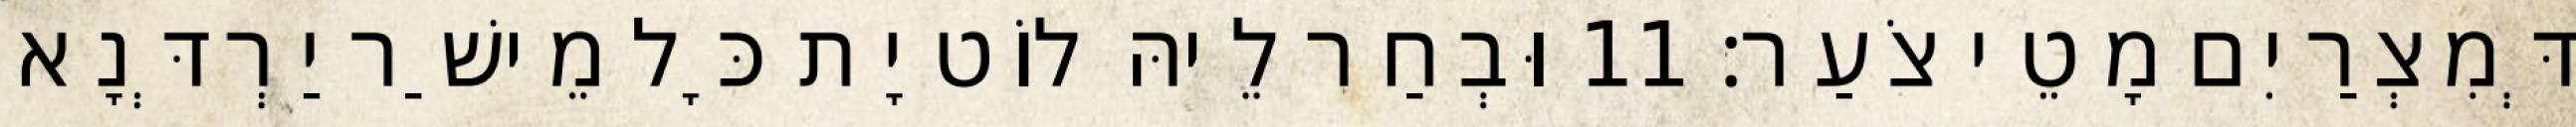
דְּמִצְרַיִם מָטֵי צֹעַר׃ 11 וּבְחַר לֵיהּ לוֹט יָת כָּל מֵישַׁר יַרְדְּנָא